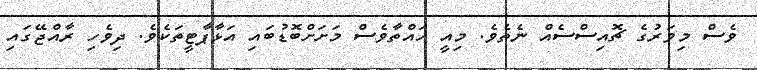
ވެސް މިވަރުގެ ޗޮއިސްސެއް ނެތެވެ. މިއީ ހައްތާވެސް މަށަށްބޮޑުބައި އަޅާޕާޓީތަކެވެ. ދިވެހި ރާއްޖޭގައި